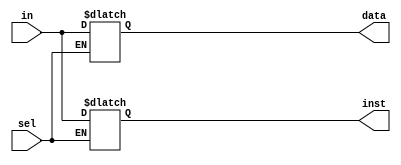
`timescale 1ns / 1ps
//////////////////////////////////////////////////////////////////////////////////
// Company: 
// Engineer: 
// 
// Design Name: 
// Module Name: DEC_2x1
// Project Name: 
// Target Devices: 
// Tool Versions: 
// Description: 
// 
// Dependencies: 
// 
// Revision:
// Revision 0.01 - File Created
// Additional Comments:
// 
//////////////////////////////////////////////////////////////////////////////////


module DEC_2x1(
input [31:0] in,
input sel, 
output reg [31:0] data, inst
    );

    always @ * begin
        case(sel)
            1'b0: data <= in;
            1'b1: inst <= in;
        endcase
    end
endmodule